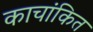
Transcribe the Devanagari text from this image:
काचांकित